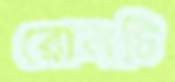
রোলটি